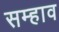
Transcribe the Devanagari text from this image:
सम्हाव